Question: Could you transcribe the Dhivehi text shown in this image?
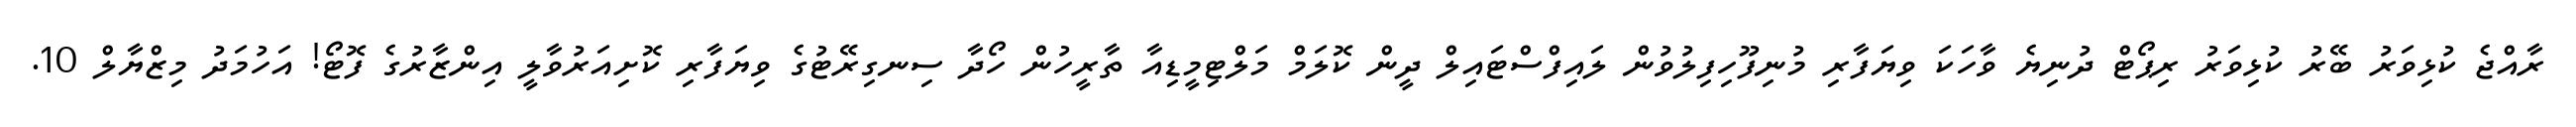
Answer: ރާއްޖެ ކުޅިވަރު ބޭރު ކުޅިވަރު ރިޕޯޓް ދުނިޔެ ވާހަކަ ވިޔަފާރި މުނިފޫހިފިލުވުން ލައިފްސްޓައިލް ދީން ކޮލަމް މަލްޓިމީޑިއާ ތާރީހުން ހޯދާ ސިނގިރޭޓުގެ ވިޔަފާރި ކޮށިއަރުވާލީ އިންޒާރުގެ ފޮޓޯ! އަހުމަދު މިޒްޔާލް 10.